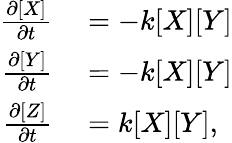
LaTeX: \begin{array}{rl}{\frac{\partial[X]}{\partial t}}&{{}=-k[X][Y]}\\ {\frac{\partial[Y]}{\partial t}}&{{}=-k[X][Y]}\\ {\frac{\partial[Z]}{\partial t}}&{{}=k[X][Y],}\end{array}